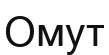
Омут